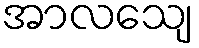
အာလသျေ